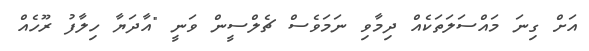
އަށް ގިނަ މައްސަލަތަކެއް ދިމާވި ނަމަވެސް ޗެލްސީން ވަނީ "އާދަޔާ ހިލާފު ރޫހެއް